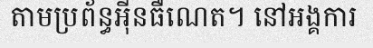
តាមប្រព័ន្ធអ៊ីនធឺណេត។ នៅអង្គការ